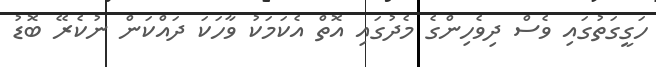
ހަގީގަތުގައި ވެސް ދިވެހިންގެ މެދުގައި އޮތް އެކަމަކު ވާހަކަ ދައްކަން ނުކެރޭ ބޮޑު